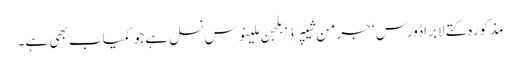
مذکورہ کتے لابراڈورس‘ جرمن شیپرڈ‘ بلجن ملینوس نسل ہے جو کمیاب بھی ہے۔